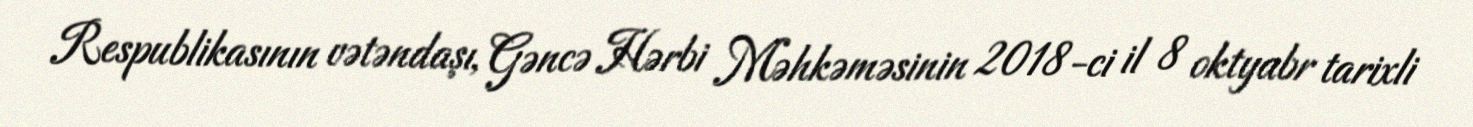
Respublikasının vətəndaşı, Gəncə Hərbi Məhkəməsinin 2018-ci il 8 oktyabr tarixli